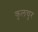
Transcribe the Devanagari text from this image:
कुलचुर